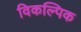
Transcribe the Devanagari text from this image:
विकल्पिक